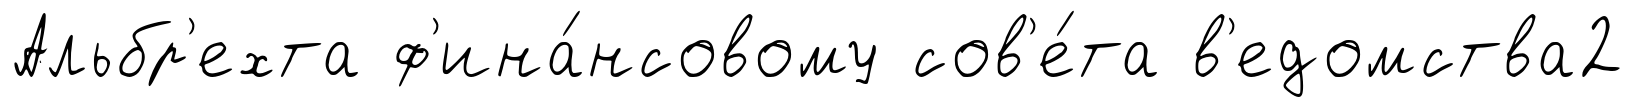
Альбр'ехта ф'ина́нсовому сов'е́та в'едомства2